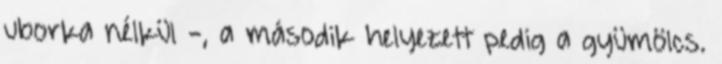
uborka nélkül -, a második helyezett pedig a gyümölcs.